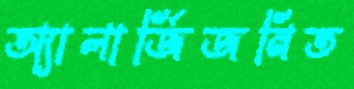
অ্যালার্জিজনিত